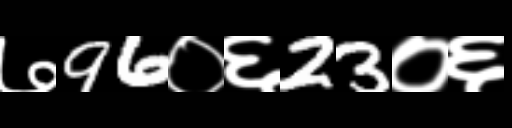
Text: ७96०६23०६